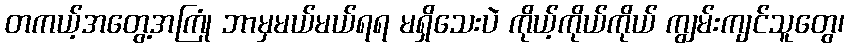
တကယ့်အတွေ့အကြုံ ဘာမှမယ်မယ်ရရ မရှိသေးပဲ ကိုယ့်ကိုယ်ကိုယ် ကျွမ်းကျင်သူတွေ၊